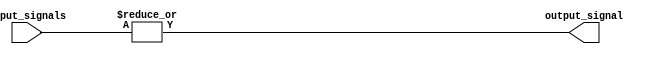
module OR_gate_64 (
    input [63:0] input_signals,
    output reg output_signal
);

always @* begin
    output_signal = |input_signals; // Logical OR operation on all input signals
end

endmodule